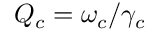
Q _ { c } = \omega _ { c } / \gamma _ { c }